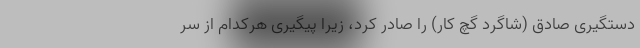
دستگیری صادق (شاگرد گچ کار) را صادر کرد، زیرا پیگیری هرکدام از سر